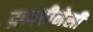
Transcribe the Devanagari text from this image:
द्रव्यहीनेसी